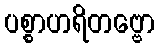
ပစ္စာဟရိတဗ္ဗော